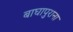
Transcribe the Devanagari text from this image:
बाघापुराना